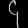
Digit: ၄